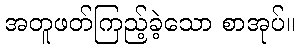
အတူဖတ်ကြည့်ခဲ့သော စာအုပ်။